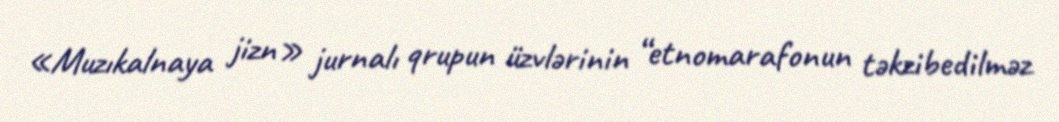
«Muzıkalnaya jizn» jurnalı qrupun üzvlərinin “etnomarafonun təkzibedilməz